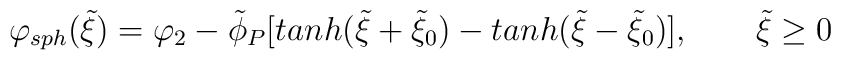
\varphi_{sph}(\tilde\xi)=\varphi_2-\tilde\phi_P[tanh(\tilde\xi+\tilde\xi_0)-tanh(\tilde\xi-\tilde\xi_0)],~~~~~~\tilde\xi \geq 0